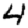
Digit: 4